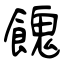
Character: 餽